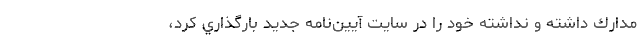
مدارك داشته و نداشته‌ خود را در سايت آيين‌نامه جديد بارگذاري كرد،